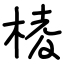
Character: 棱